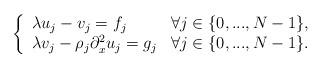
LaTeX: \begin{align*} \left\{\begin{array}{ll}\lambda u_{j}-v_{j}=f_{j} & \forall j\in\{0,...,N-1\},\\\lambda v_{j}- \rho_j \partial^{2}_xu_{j}=g_{j} & \forall j\in\{0,...,N-1\}.\end{array}\right.\end{align*}